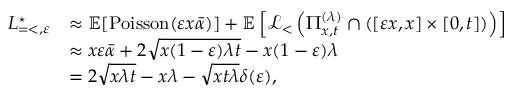
\begin{array} { r l } { L _ { = < , \varepsilon } ^ { \star } } & { \approx \mathbb { E } [ \mathrm { P o i s s o n } ( \varepsilon x \bar { \alpha } ) ] + \mathbb { E } \left[ \mathcal { L } _ { < } \left( \Pi _ { x , t } ^ { ( \lambda ) } \cap \left( [ \varepsilon x , x ] \times [ 0 , t ] \right) \right) \right] } \\ & { \approx x \varepsilon \bar { \alpha } + 2 \sqrt { x ( 1 - \varepsilon ) \lambda t } - x ( 1 - \varepsilon ) \lambda } \\ & { = 2 \sqrt { x \lambda t } - x \lambda - \sqrt { x t \lambda } \delta ( \varepsilon ) , } \end{array}